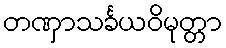
တဏှာသင်္ခယဝိမုတ္တာ